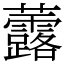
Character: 虂